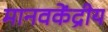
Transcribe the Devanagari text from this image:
मानवकेंद्रीय